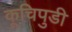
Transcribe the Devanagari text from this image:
कूचिपुडी